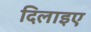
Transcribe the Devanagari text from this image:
दिलाइए